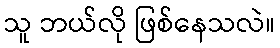
သူ ဘယ်လို ဖြစ်နေသလဲ။